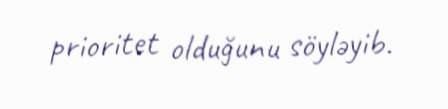
prioritet olduğunu söyləyib.